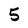
Character: 5